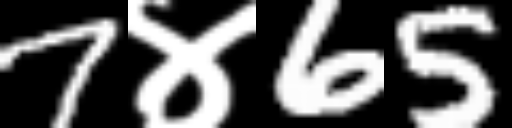
Text: 7४65